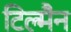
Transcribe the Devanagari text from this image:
टिल्मैन